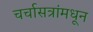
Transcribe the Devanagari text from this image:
चर्चासत्रांमधून